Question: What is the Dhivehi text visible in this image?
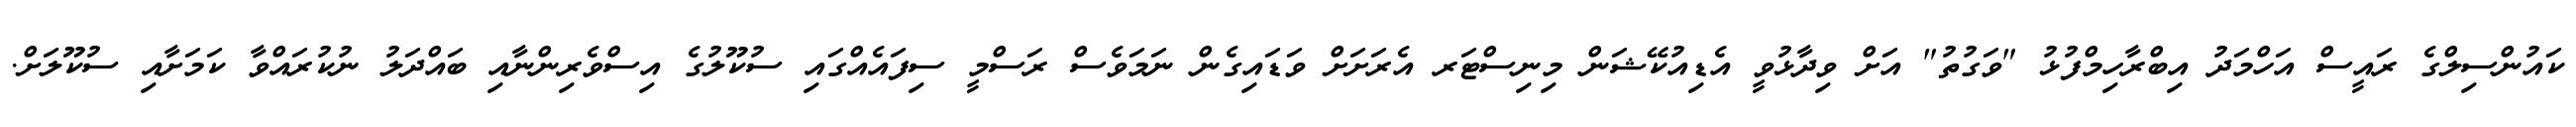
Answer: ކައުންސިލްގެ ރައީސް އަހްމަދު އިބްރާހިމްފުޅު "ވަގުތު" އަށް ވިދާޅުވީ އެޑިއުކޭޝަން މިނިސްޓަރ އެރަށަށް ވަޑައިގެން ނަމަވެސް ރަސްމީ ސިފައެއްގައި ސުކޫލުގެ އިސްވެރިންނާއި ބައްދަލު ނުކުރައްވާ ކަމަށާއި ސުކޫލަށް.